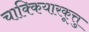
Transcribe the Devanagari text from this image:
चाक्कियारकूत्तु